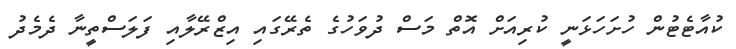
ކުއާޓެޓުން ހުށަހަޅަނީ ކުރިއަށް އޮތް މަސް ދުވަހުގެ ތެރޭގައި އިޒްރޭލާއި ފަލަސްތީނާ ދެމެދު